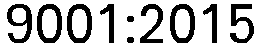
9001:2015